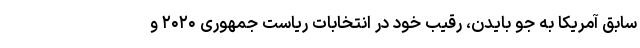
سابق آمریکا به جو بایدن، رقیب خود در انتخابات ریاست جمهوری ۲۰۲۰ و